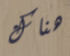
هناك